Lunatic asylums Punjab 1895-1910 - 1895-1910
Year: 1895
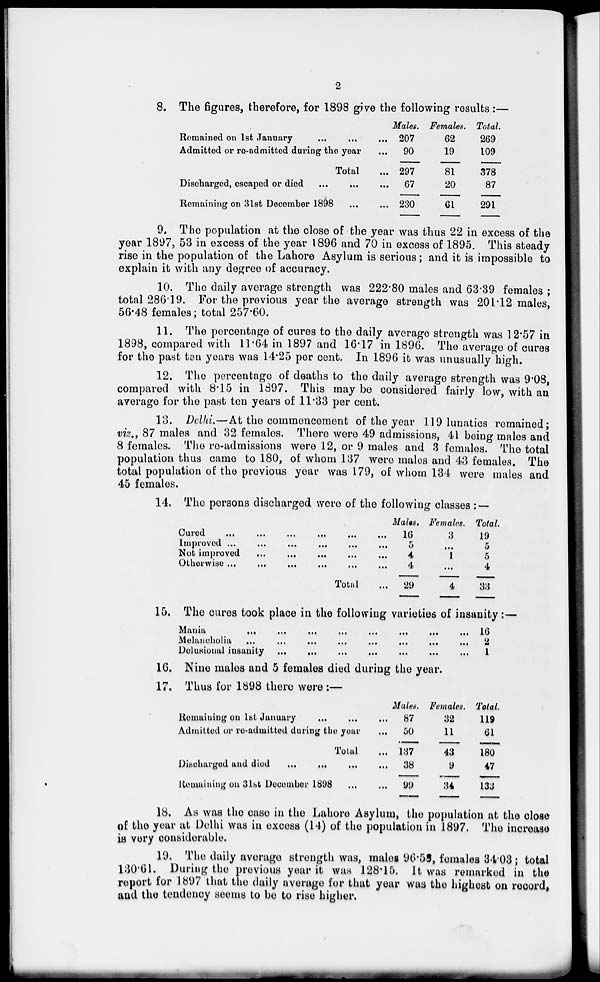
2
8. The figures, therefore, for 1898 give the following results :—
Remained on 1st January ... ... ... ...
Admitted or re-admitted during the year ...
Total ...
Discharged, escaped or died ... ... ... ...
Remaining on 3lst December 1898
...
...
Males.
207
90
297
67
230
Females.
62
19
81
20
61
Total.
269
109
378
87
291
9. The population at the close of the year was thus 22 in excess of the
year 1897, 53 in excess of the year 1896 and 70 in excess of 1895. This steady
rise in the population of the Lahore Asylum is serious; and it is impossible to
explain it with any degree of accuracy.
10. The daily average strength was 222.80 males and 63.39 females ;
total 286.19. For the previous year the average strength was 201.12 males,
56.48 females; total 257.60.
11. The percentage of cures to the daily average strength was 12.57 in
1898, compared with 11.64 in 1897 and 16.17 in 1896. The average of cures
for the past ten years was 14.25 per cent. In 1896 it was unusually high.
12. The percentage of deaths to the daily average strength was 9.08,
compared with 8.15 in 1897. This may be considered fairly low, with an
average for the past ten years of 11.33 per cent.
13. Delhi.—At the commencement of the year 119 lunatics remained;
viz., 87 males and 32 females. There were 49 admissions, 41 being males and
8 females. The re-admissions were 12, or 9 males and 3 females. The total
population thus came to 180, of whom 1.37 were males and 43 females. The
total population of the previous year was 179, of whom 134 were males and
45 females.
14. The persons discharged were of the following classes :—
Cured
...
...
...
...
...
...
...
Improved ... ... ... ... ... ... ...
Not improved ... ... ... ... ... ... ...
Otherwise ... ... ... ... ... ... ...
Total ...
Males.
16
5
4
4
29
Females.
3
...
1
...
4
Total.
19
5
5
4
33
15. The cures took place in the following varieties of insanity:—
Mania
...
...
...
...
...
...
...
Melancholia
...
...
...
...
...
...
...
Delusional insanity
...
...
...
...
...
...
...
16
2
1
16. Nine males and 5 females died during the year.
17. Thus for 1898 there were:—
Remaining on 1st January
...
...
...
Admitted or re-admitted during the year ...
Total ...
Discharged and died
...
...
...
Remaining on 3st December 1898
...
...
Males.
87
50
137
38
99
Females.
32
11
43
9
34
Total.
119
61
180
47
133
18. As was the case in the Lahore Asylum, the population at the close
of the year at Delhi was in excess (14) of the population in 1897. The increase
is very considerable.
19. The daily average strength was, males 96.58, females 34.03; total
130.61. During the previous year it was 128.15. It was remarked in the
report for 1897 that the daily average for that year was the highest on record,
and the tendency seems to be to rise higher.